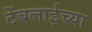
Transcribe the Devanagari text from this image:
टेंबलाईच्या